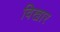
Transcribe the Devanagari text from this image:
विखार